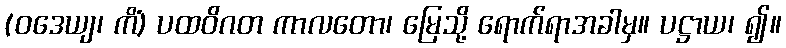
(ဝဒေယျ၊ ကိံ) ပထဝိဂတ ကာလတော၊ မြေသို့ ရောက်ရာအခါမှ။ ပဋ္ဌာယ၊ ၍။